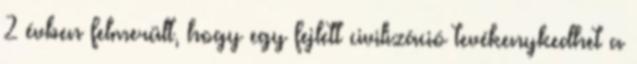
2 évben felmerült, hogy egy fejlett civilizáció tevékenykedhet a